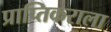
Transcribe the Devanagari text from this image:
प्राप्‍तिकराला